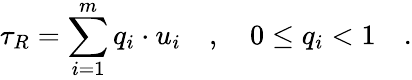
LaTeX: \tau_{R}=\sum_{i=1}^{m}q_{i}\cdot u_{i}\quad,\quad 0\le q_{i}<1\quad.